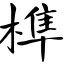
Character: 榫